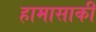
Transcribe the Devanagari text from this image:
हामासाकी